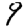
Digit: 9